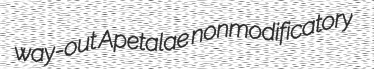
way-out Apetalae nonmodificatory